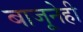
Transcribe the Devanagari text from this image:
बाजूनेही